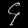
Digit: ၄